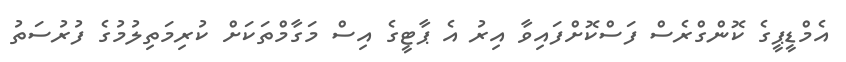
އެމްޑީޕީގެ ކޮންގްރެސް ފަސްކޮށްފައިވާ އިރު އެ ޕާޓީގެ އިސް މަގާމްތަކަށް ކުރިމަތިލުމުގެ ފުރުސަތު